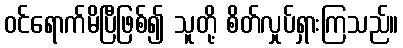
ဝင်ရောက်မိပြီဖြစ်၍ သူတို့ စိတ်လှုပ်ရှားကြသည်။